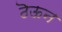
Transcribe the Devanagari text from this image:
ठॆऊन